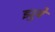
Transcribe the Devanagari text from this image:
झुबे